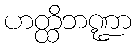
ဟတ္ထိဘဏ္ဍာ